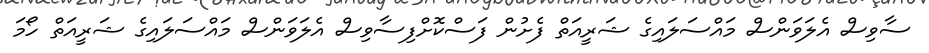
ސާވިސް އެލަވަންސް މައްސަލައިގެ ޝަރީއަތް ފެށުން ފަސްކޮށްފިސާވިސް އެލަވަންސް މައްސަލައިގެ ޝަރީއަތް ހޯމަ